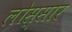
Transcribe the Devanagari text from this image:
लोस्सार